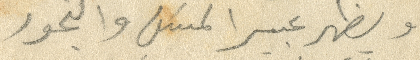
ويظهر عبيرا المسن والبحور